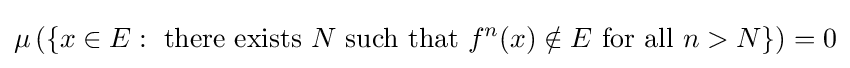
\mu \left(\{x\in E:{\text{ there exists }}N{\text{ such that }}f^{n}(x)\notin E{\text{ for all }}n>N\}\right)=0